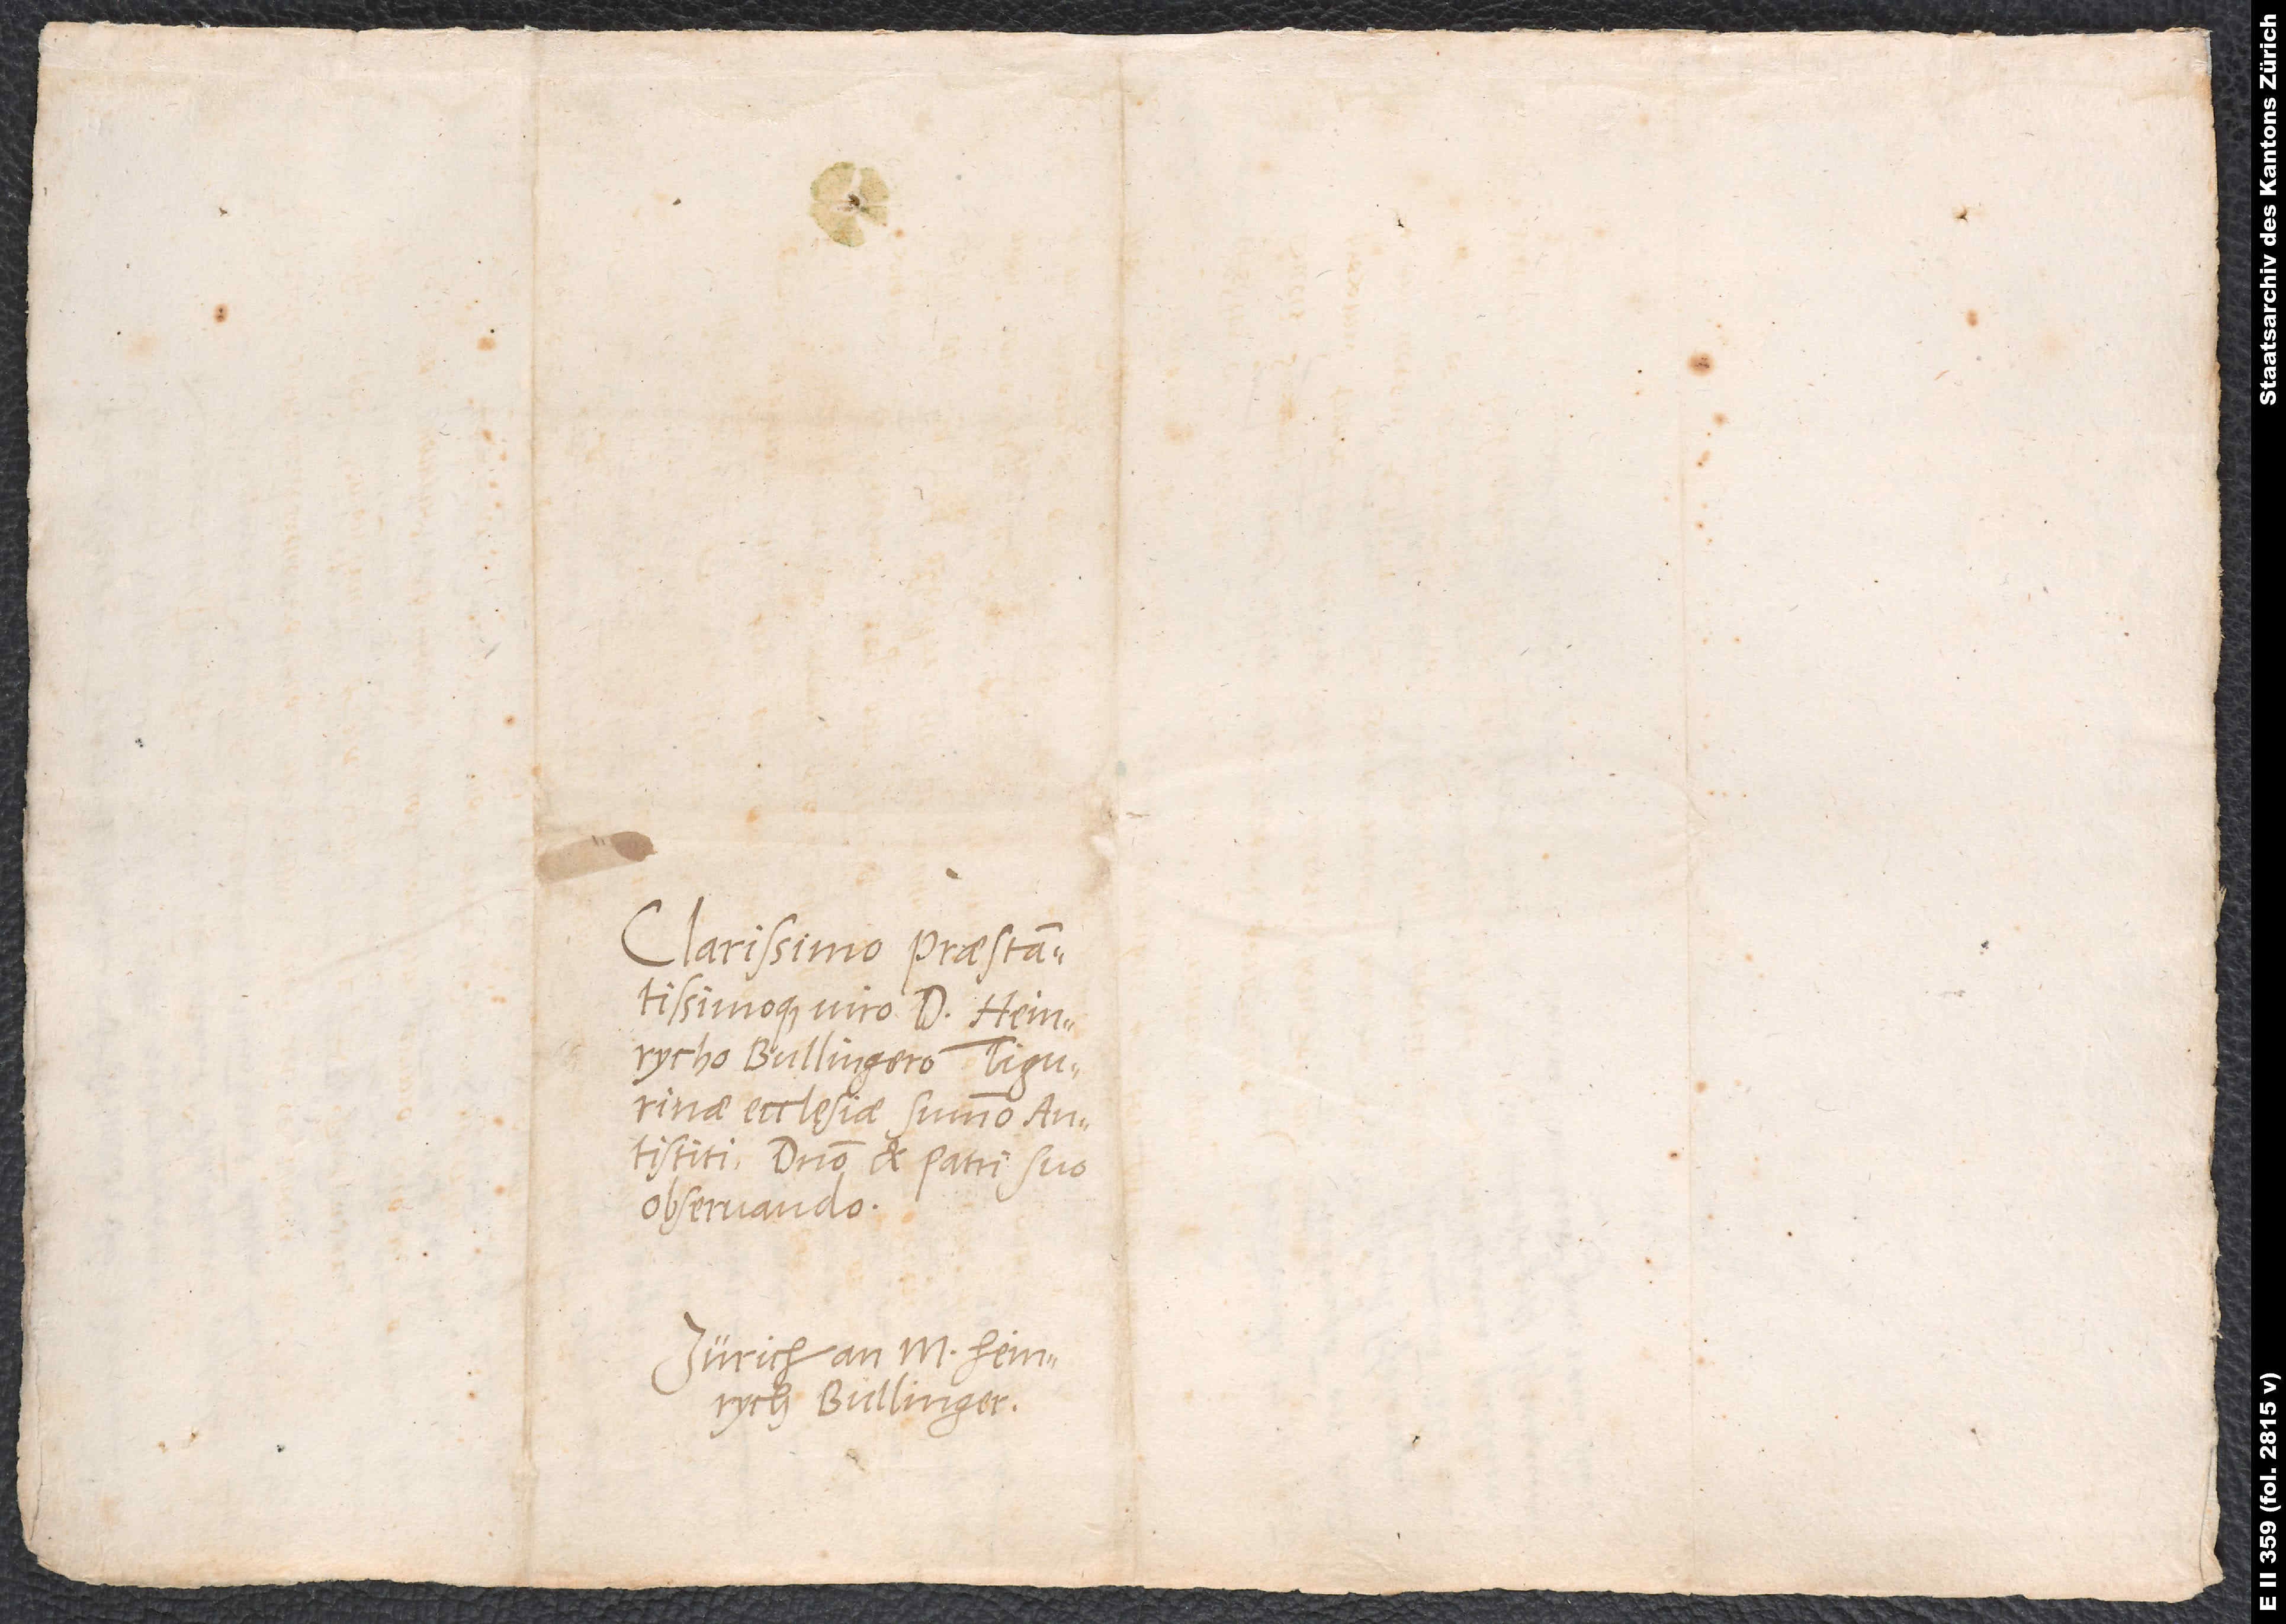
viro d. Heinrycho
Bullingero, Tigurinae
ecclesiae summo
antistiti, domino et patri suo
observando.
Zürich an m. Heinrych
Bullinger.